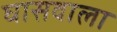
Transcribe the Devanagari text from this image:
घासवाला